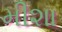
મીશા